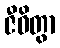
ဇီဝိတွာ